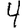
Digit: 4